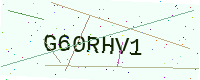
Text: G60RHV1